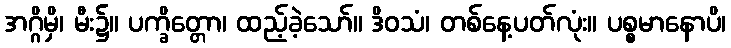
အဂ္ဂိမှိ၊ မီး၌။ ပက္ခိတ္တော၊ ထည့်ခဲ့သော်။ ဒိဝသံ၊ တစ်နေ့ပတ်လုံး။ ပစ္စမာနောပိ၊